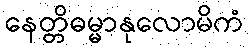
နေတ္တိဓမ္မာနုလောမိကံ